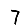
Digit: 7